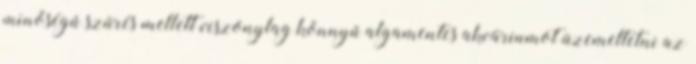
minőségű szűrés mellett viszonylag könnyű algamentes akváriumot üzemeltetni az